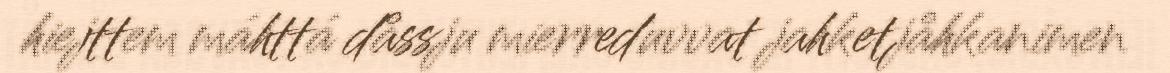
hiejttem máhttá dåssju mierreduvvat jahketjåhkanimen